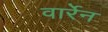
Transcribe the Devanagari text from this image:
वार्रेन